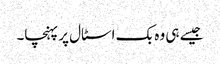
جیسے ہی وہ بک اسٹال پر پہنچا۔